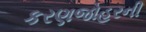
કરણજોહરની